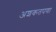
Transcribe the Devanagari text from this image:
अशकतपणा